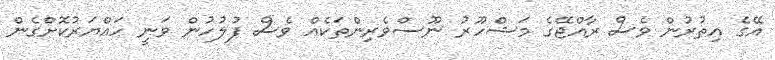
އޭގެ އިތުރުން ވެސް ރާއްޖޭގެ މަޝްހޫރު ނޫސްވެރިންތަކެއް ވެސް ފުލުހުން ވަނީ ހައްޔަރުކޮށްގެން